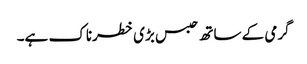
گرمی کے ساتھ حبس بڑی خطرناک ہے۔